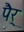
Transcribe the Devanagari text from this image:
पैर्